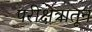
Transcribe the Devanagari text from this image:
परीक्षेत्रातून